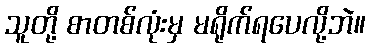
သူတို့ စာတစ်လုံးမှ မရိုက်ရပေလို့ဘဲ။